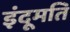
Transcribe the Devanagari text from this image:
इंदूमति